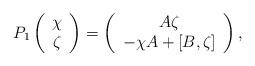
LaTeX: \begin{align*} P_1\left(\begin{array}{c} \chi\\ \zeta \end{array}\right)=\left(\begin{array}{c} A\zeta\\-\chi A +[B,\zeta]\end{array}\right),\end{align*}